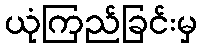
ယုံကြည်ခြင်းမှ